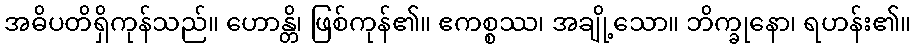
အဓိပတိရှိကုန်သည်။ ဟောန္တိ၊ ဖြစ်ကုန်၏။ ဧကစ္စဿ၊ အချို့သော။ ဘိက္ခုနော၊ ရဟန်း၏။